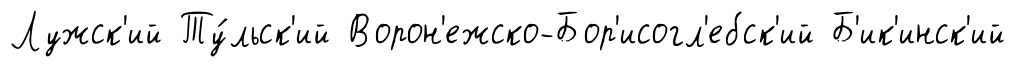
Лужск'ий Ту́льск'ий Ворон'ежско-Бор'исогл'ебск'ий Б'ик'инск'ий